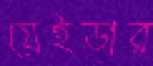
যেইডার